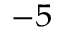
^ { - 5 }